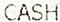
CASH